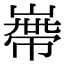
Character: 𡻺